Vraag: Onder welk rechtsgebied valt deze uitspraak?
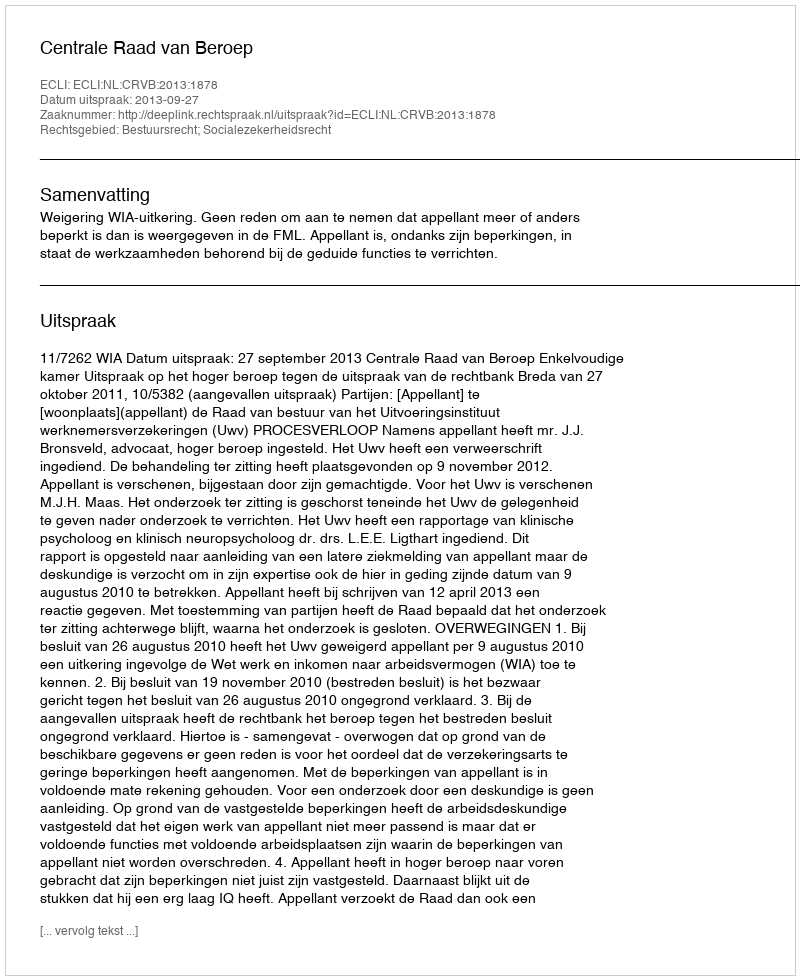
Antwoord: Bestuursrecht; Socialezekerheidsrecht